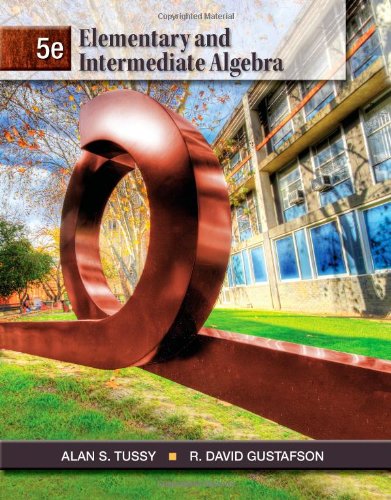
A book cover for Elementary and Intermediate Algebra; Alan S. Tussy; Science & Math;